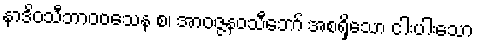
နာဒိဝသီဘာဝဝသေန စ၊ အာဝဇ္ဇနဝသီဘော် အစရှိသော ငါးပါးသော